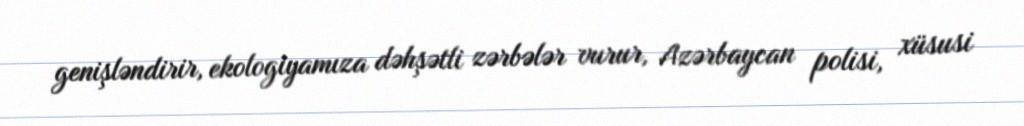
genişləndirir, ekologiyamıza dəhşətli zərbələr vurur, Azərbaycan polisi, xüsusi